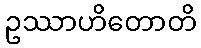
ဥဿာဟိတောတိ